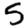
Digit: 5